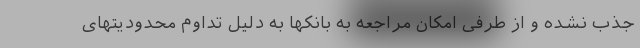
جذب نشده و از طرفی امکان مراجعه به بانکها به دلیل تداوم محدودیتهای